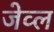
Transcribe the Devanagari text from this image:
जेव्ल